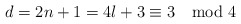
\begin{align*}d=2n+1=4l+3\equiv 3\mod 4\end{align*}